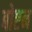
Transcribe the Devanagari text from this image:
बोष्टन